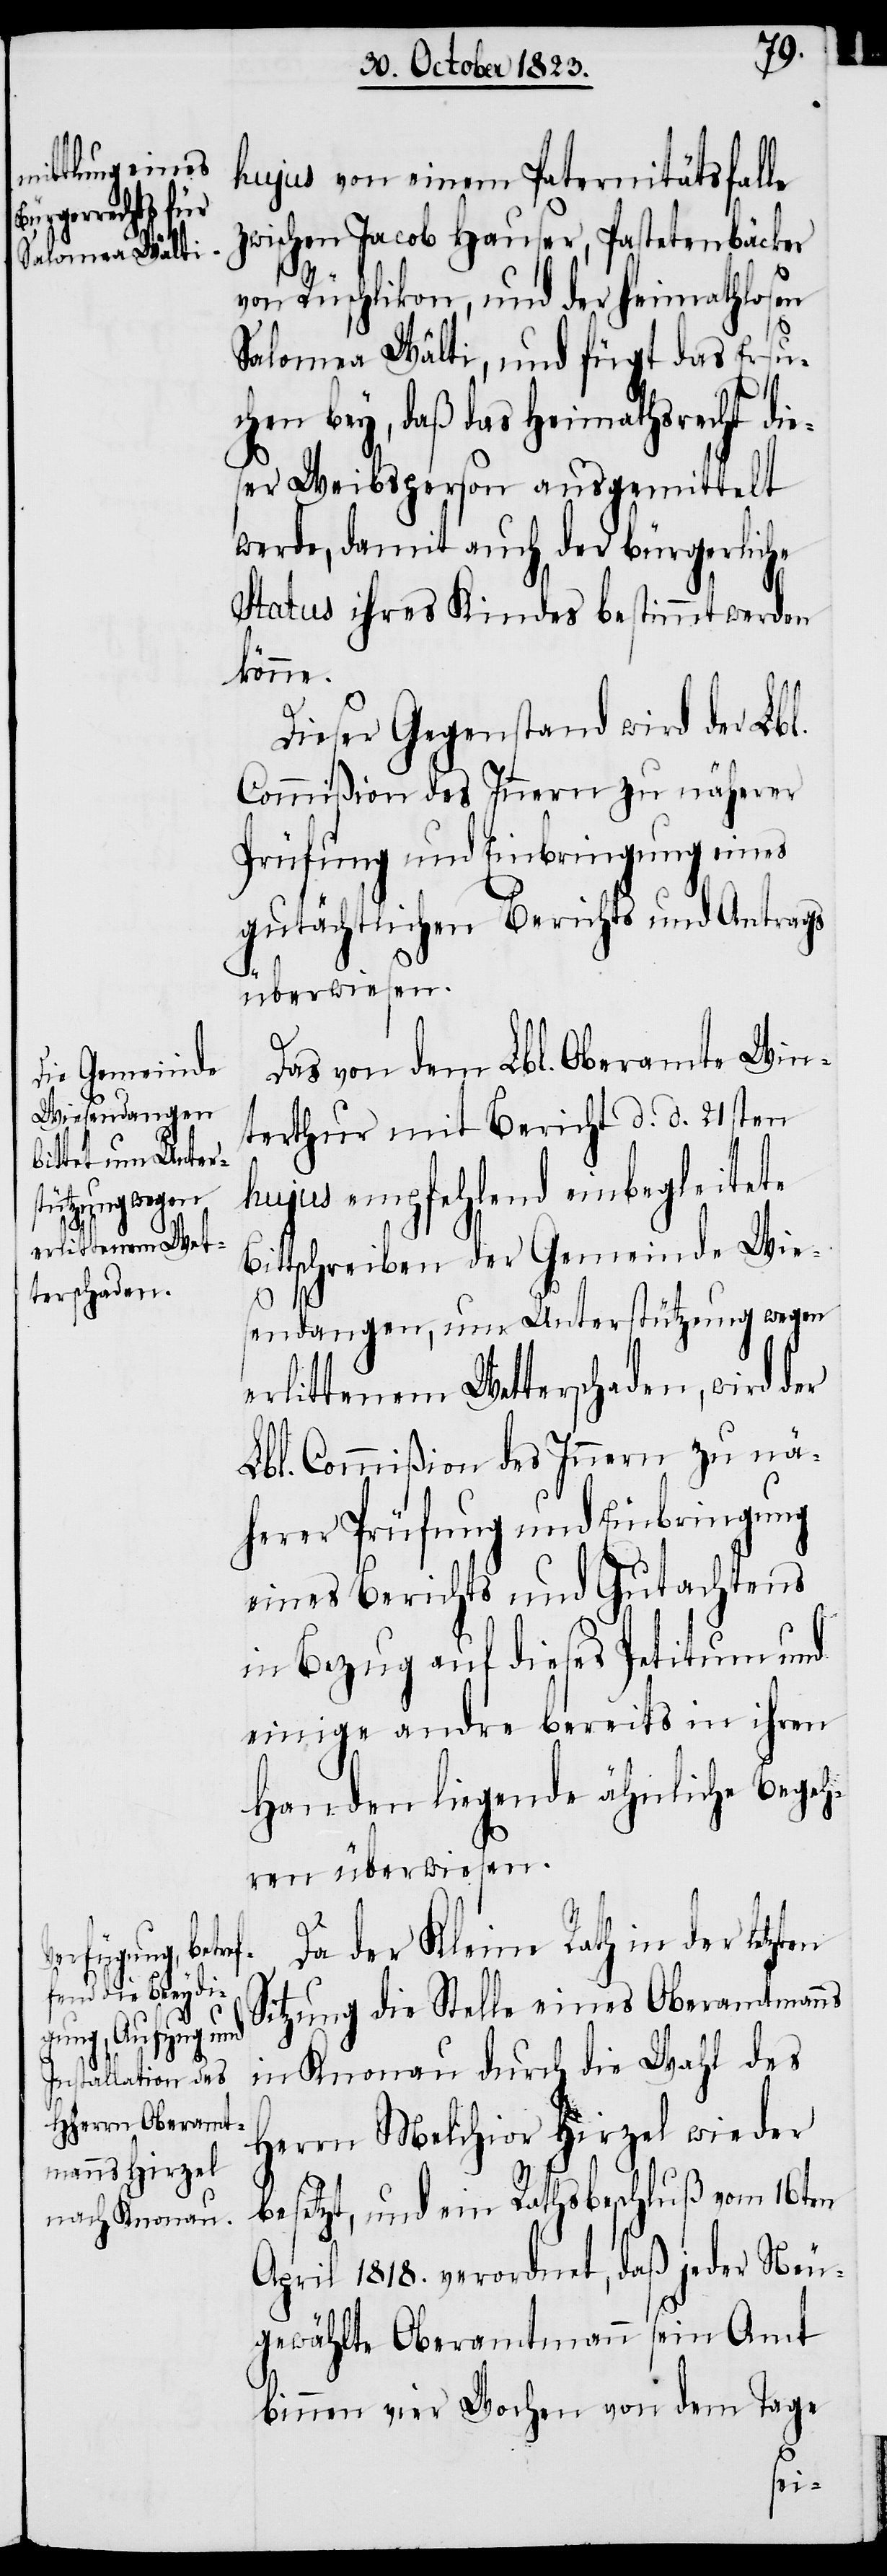
hujus von einem Paternitätsfalle
zwischen Jacob Hauser, Pastetenbäcker
von Rüschlikon, und der heimathlosen
Salomea Wälti, und fügt das Ersu¬
chen bey, daß das Heimathsrecht die¬
ser Weibsperson ausgemittelt
werde, damit auch der bürgerliche
Status ihres Kindes bestimmt werden
könne.
Dieser Gegenstand wird der Lbl.
Commißion des Innern zu näherer
Prüfung und Einbringung eines
gutächtlichen Berichts und Antrags
überwiesen.
Das von dem Lbl. Oberamte Win¬
terthur mit Bericht d. d. 21sten
hujus empfehlend einbegleitete
Bittschreiben der Gemeinde Wie¬
en
sendangen, um Unterstützung wegen
erlittenem Wetterschaden, wird der
Lbl. Commißion des Innern zu nä¬
herer Prüfung und Einbringung
eines Berichts und Gutachtens
in Bezug auf dieses Petitum und
einige andre bereits in ihren
Handen liegende ähnliche Begeh¬
ren überwiesen.
Da der Kleine Rath in der letzt¬
Sitzung die Stelle eines Oberamtmanns
in Knonau durch die Wahl des
Herrn Melchior Hirzel wieder
besetzt, und ein Rathsbeschluß vom 16ten
April 1818. verordnet, daß jeder Neu¬
gewählte Oberamtmann sein Amt
binnen vier Wochen von dem Tage